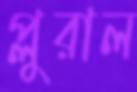
প্লুরাল